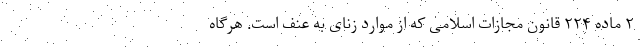
۲ ماده ۲۲۴ قانون مجازات اسلامی که از موارد زنای به عنف است. هرگاه